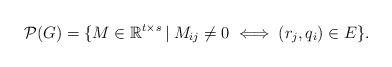
LaTeX: \begin{align*}\mathcal{P}(G) = \{ M \in \mathbb{R}^{t \times s} \: | \: M_{ij} \neq 0 \iff (r_j,q_i) \in E \}.\end{align*}